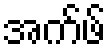
အက်ဖ်